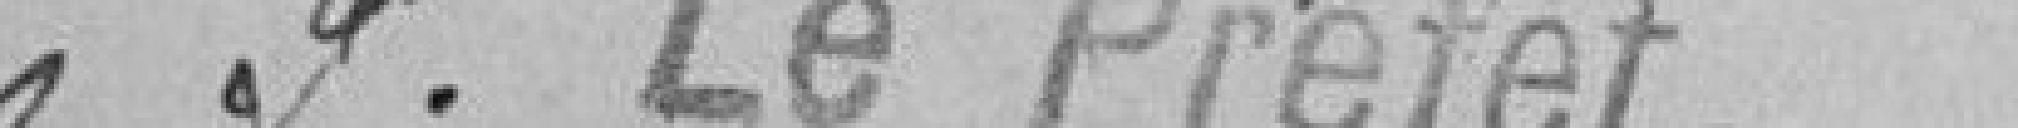
P. LE PREFET,